Vaccination in Burma 1920-1933 - 1920-1933
Year: 1920
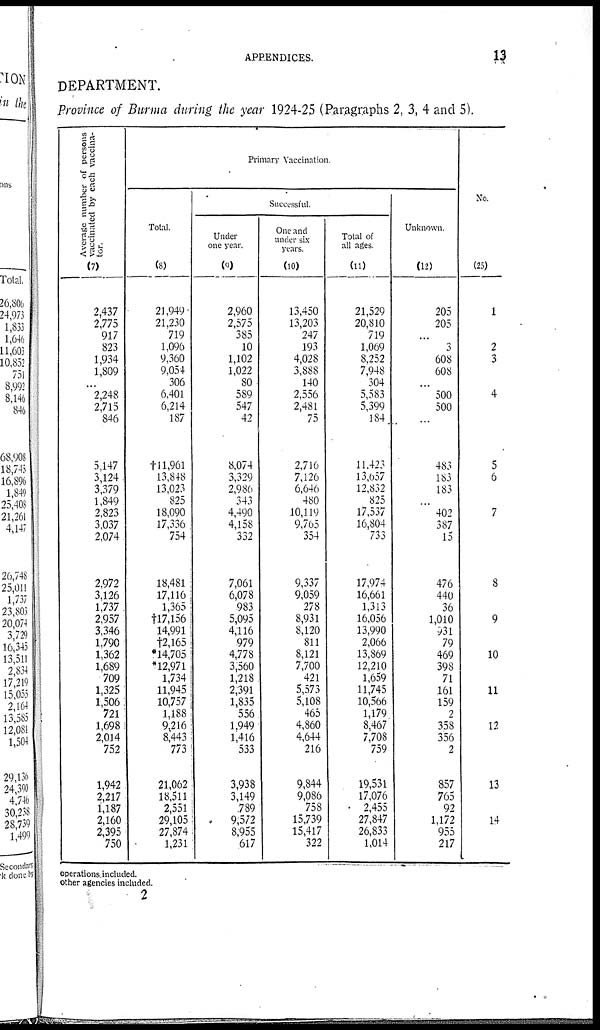
APPENDICES.
13
DEPARTMENT.
Province of Burma during the year 1924-25 (Paragraphs 2, 3, 4 and 5).
Average number of persons
vaccinated by each vaccina-
tor.
(7)
2,437
2,775
917
823
1,934
1,809
...
2,248
2,715
846
5,147
3,124
3,379
1,849
2,823
3,037
2,074
2,972
3,126
1,737
2,957
3,346
1,790
1,362
1,689
709
1,325
1,506
721
1,698
2,014
752
1,942
2,217
1,187
2,160
2,395
750
Primary Vaccination.
Total.
(8)
21,949
21,230
719
1,096
9,360
9,054
306
6,401
6,214
187
†11,961
13,848
13,023
825
18,090
17,336 ,
754
18,481
17,116
1,365
†17,156
14,991
†2,165
*14,705
*12,97l
1,734
11,945
10,757
1,188
9,216
8,443
773
21,062
18,511
2,551
29,105
27,874
1,231
Successful.
Under
one year.
(9)
2,960
2,575
385
10
1,102
1,022
80
589
547
42
8,074
3,329
2,986
343
4,490
4,158
332
7,061
6,078
983
5,095
4,116
979
4,778
3,560
1,218
2,391
1,835
556
1,949
1,416
533
3,938
3,149
789
9,572
8,955
617
One and
under six
years.
(10)
13,450
13,203
247
193
4,028
3,888
140
2,556
2,481
75
2,716
7,126
6,646
480
10,119
9,705
354
9,337
9,059
278
8,931
8,120
811
8,121
7,700
421
5,573
5,108
465
4,860
4,644
216
9,844
9,086
758
15,739
15,417
322
Total of
all ages.
(11)
21,529
20,810
719
1,069
8,252
7,948
304
5,583
5,399
184
11,423
13,657
12,832
825
17,537
16,804
733
17,974
16,661
1,313
16,056
13,990
2,066
13,869
12,210
1,659
11,745
10,566
1,179
8,467
7,708
759
19,531
17,076
2,455
27,847
26,833
1,014
Unknown.
(12)
205
205
...
3
608
608
...
500
500
...
483
183
183
...
402
387
15
476
440
36
1,010
931
79
469
398
71
161
159
2
358
356
2
857
765
92
1,172
955
217
No.
(25)
1
2
3
4
5
6
7
8
9
10
11
12
13
14
operations included.
other agencies included.
2